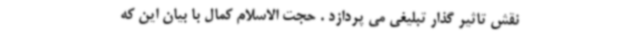
نقش تاثیر گذار تبلیغی می پردازد . حجت الاسلام کمال با بیان این که